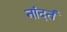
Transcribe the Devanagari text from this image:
नांदतं